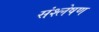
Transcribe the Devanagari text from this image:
संश्‍लेषण